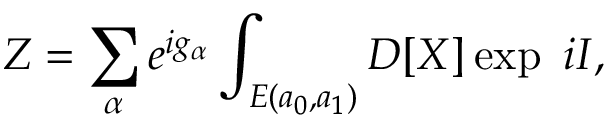
Z = \sum _ { \alpha } e ^ { i g _ { \alpha } } \int _ { { \cal E } ( a _ { 0 } , a _ { 1 } ) } D [ X ] \exp \ i I ,